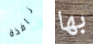
نافذة بها